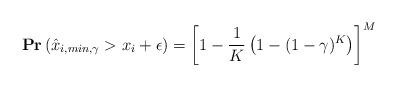
LaTeX: \begin{align*}&\mathbf{Pr}\left(\hat{x}_{i,min,\gamma}> x_i + \epsilon\right)=\left[1-\frac{1}{K}\left(1-(1-\gamma)^{K}\right)\right]^M\end{align*}